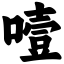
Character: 噎